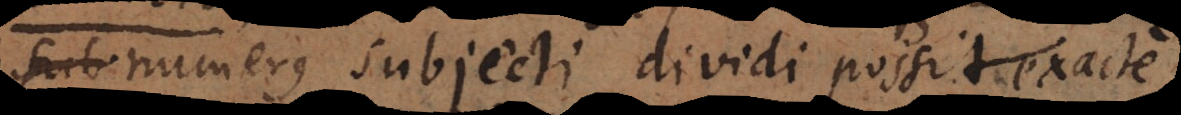
neque numerus subjecti dividi possit exacte